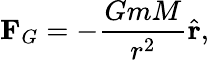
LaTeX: \mathbf{F}_{G}=-{\frac{GmM}{r^{2}}}{\hat{\mathbf{r}}},